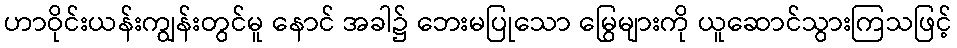
ဟာဝိုင်းယန်းကျွန်းတွင်မူ နောင် အခါ၌ ဘေးမပြုသော မြွေများကို ယူဆောင်သွားကြသဖြင့်